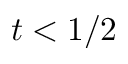
t < 1 / 2